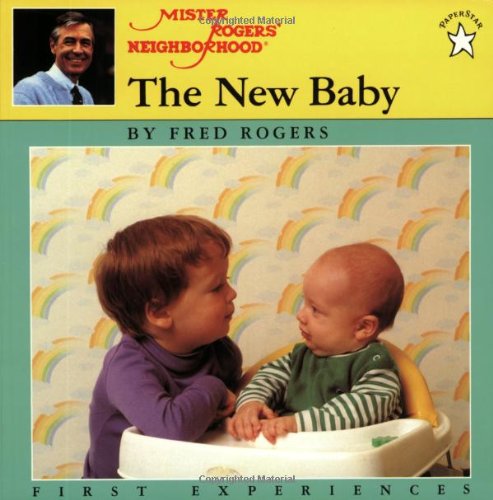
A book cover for The New Baby (Mr. Rogers); Fred Rogers; Parenting & Relationships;